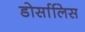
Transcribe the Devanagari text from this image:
डोर्सालिस